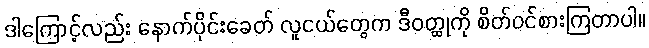
ဒါကြောင့်လည်း နောက်ပိုင်းခေတ် လူငယ်တွေက ဒီဝတ္ထုကို စိတ်ဝင်စားကြတာပါ။